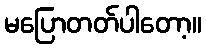
မပြောတတ်ပါတော့။